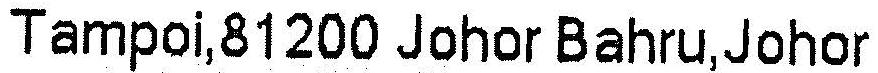
TAMPOI,81200 JOHOR BAHRU,JOHOR